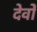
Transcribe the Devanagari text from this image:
देवोँ